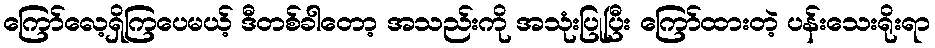
ကြော်လေ့ရှိကြပေမယ့် ဒီတစ်ခါတော့ အသည်းကို အသုံးပြုပြီး ကြော်ထားတဲ့ ပန်းသေးရိုးရာ